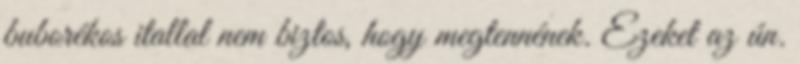
buborékos itallal nem biztos, hogy megtennének. Ezeket az ún.